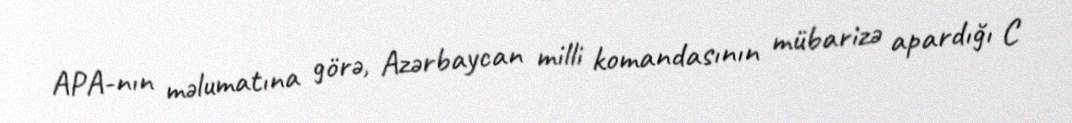
APA-nın məlumatına görə, Azərbaycan milli komandasının mübarizə apardığı C